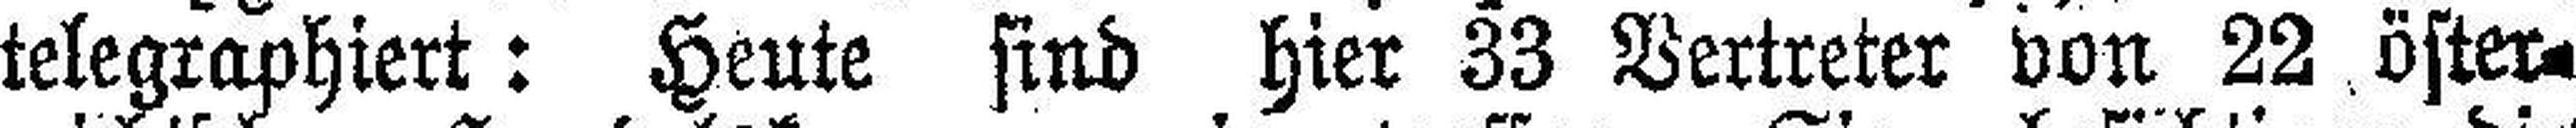
telegraphiert: Heute sind hier 33 Vertreter von 22 öfter¬